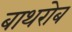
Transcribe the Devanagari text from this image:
बाथरोब